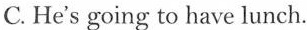
C.He's going to have lunch.